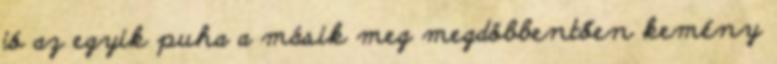
jó az egyik puha a másik meg megdöbbentően kemény